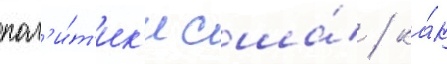
пол'и́т'ик'и сша́ / ка́к